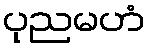
ပုညမဟံ